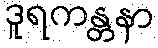
ဒူရကန္တနာ